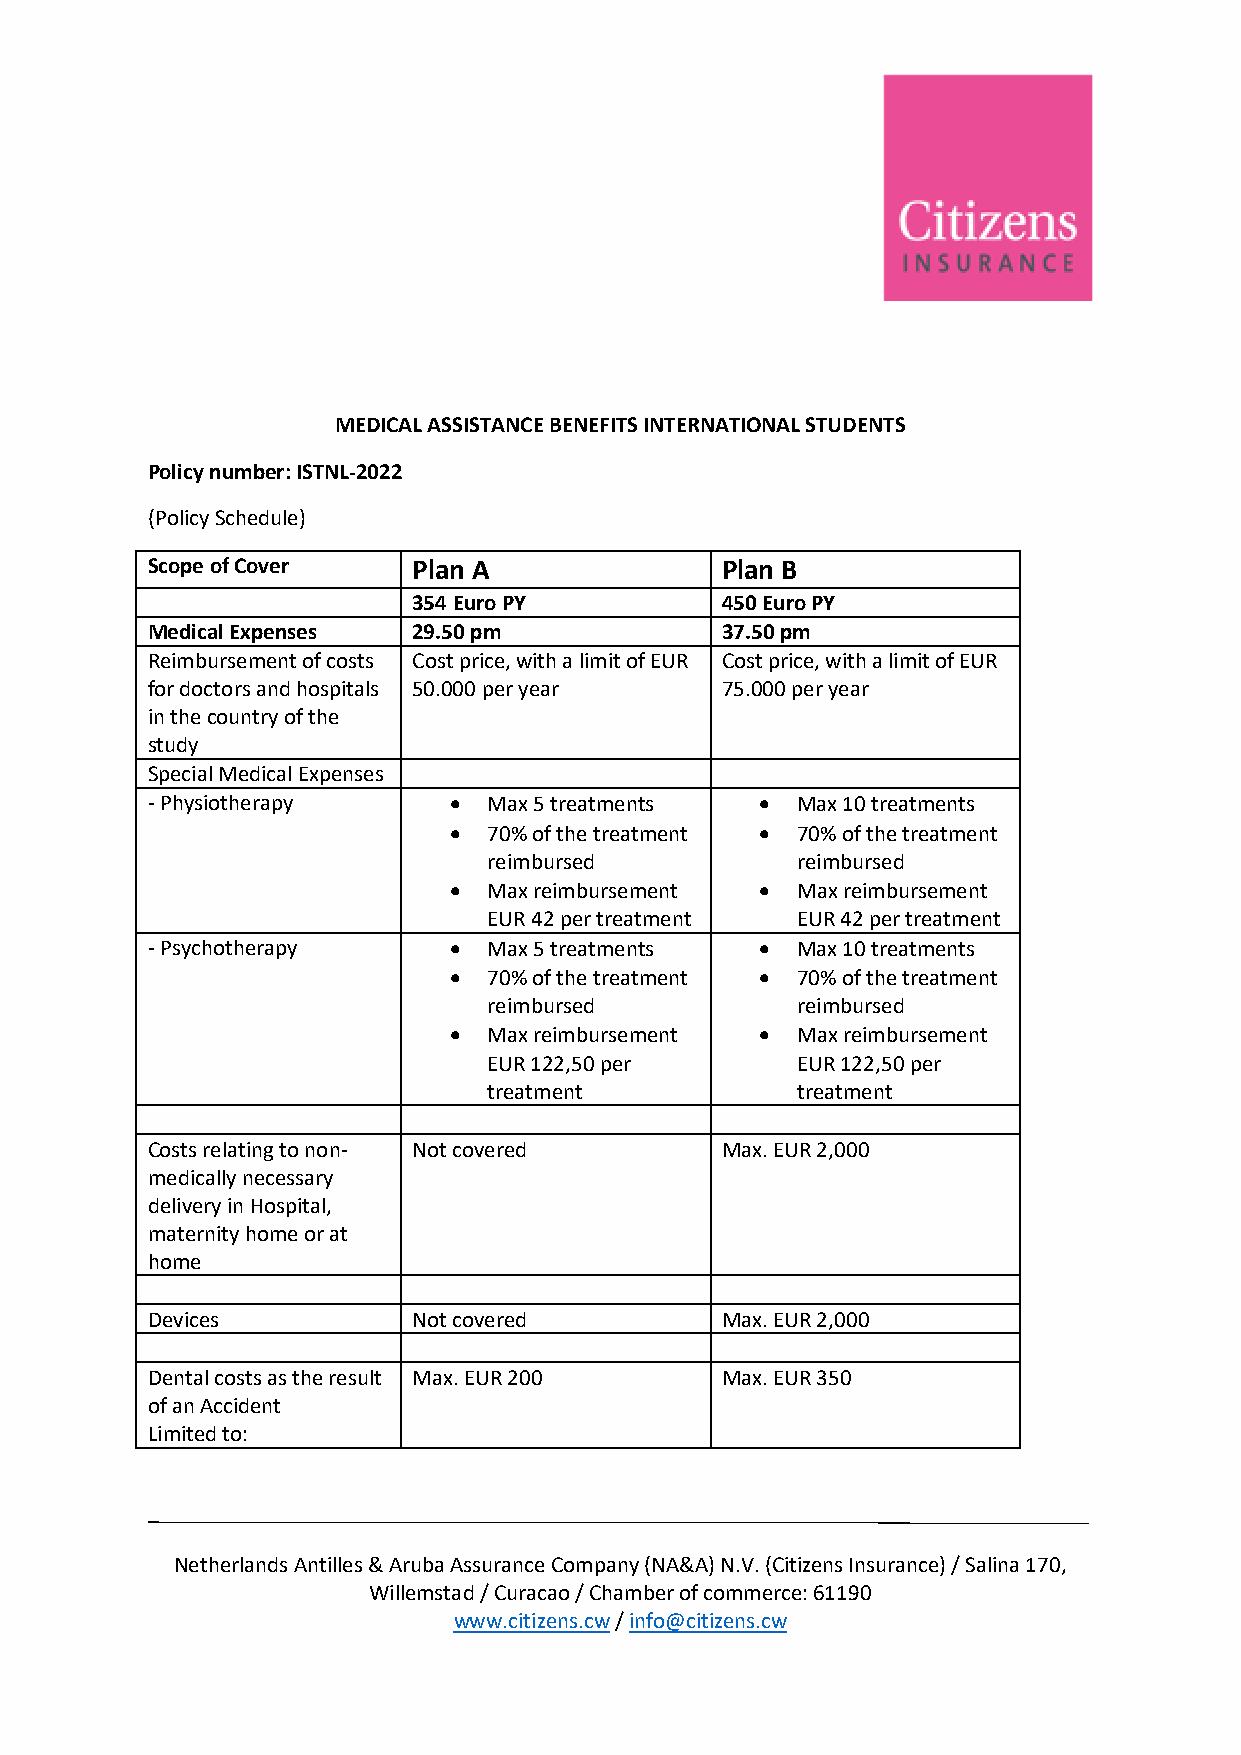
MEDICAL ASSISTANCE BENEFITS INTERNATIONAL STUDENTS
 Policy number: ISTNL-2022
 (Policy Schedule)
 Scope of Cover   Plan A               Plan B
 354 Euro PY          450 Euro PY
 Medical Expenses 29.50 pm             37.50 pm
 Reimbursement of costs Cost price, with a limit of EUR Cost price, with a limit of EUR
 for doctors and hospitals 50.000 per year 75.000 per year
 in the country of the
 study
 Special Medical Expenses
 - Physiotherapy     • Max 5 treatments  •  Max 10 treatments
 • 70% of the treatment • 70% of the treatment
 reimbursed           reimbursed
 • Max reimbursement •  Max reimbursement
 EUR 42 per treatment EUR 42 per treatment
 - Psychotherapy     • Max 5 treatments  •  Max 10 treatments
 • 70% of the treatment • 70% of the treatment
 reimbursed           reimbursed
 • Max reimbursement •  Max reimbursement
 EUR 122,50 per       EUR 122,50 per
 treatment            treatment
 Costs relating to non- Not covered    Max. EUR 2,000
 medically necessary
 delivery in Hospital,
 maternity home or at
 home
 Devices          Not covered          Max. EUR 2,000
 Dental costs as the result Max. EUR 200 Max. EUR 350
 of an Accident
 Limited to:
 Netherlands Antilles & Aruba Assurance Company (NA&A) N.V. (Citizens Insurance) / Salina 170,
 Willemstad / Curacao / Chamber of commerce: 61190
 www.citizens.cw / info@citizens.cw